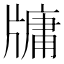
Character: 牗